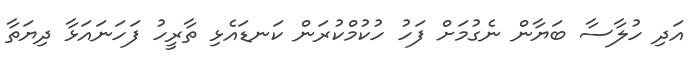
އަދި ހުލާސާ ބަޔާން ނެގުމަށް ފަހު ހުކުމްކުރަން ކަނޑައެޅި ތާރީހު ފަހަނައަޅާ ދިޔަތާ